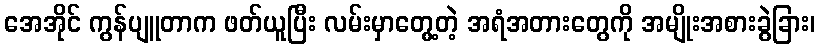
အေအိုင် ကွန်ပျူတာက ဖတ်ယူပြီး လမ်းမှာတွေ့တဲ့ အရံအတားတွေကို အမျိုးအစားခွဲခြား၊